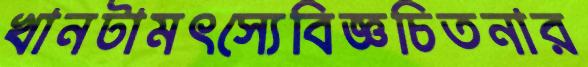
খানটামৎস্যেবিজ্ঞচিতনার